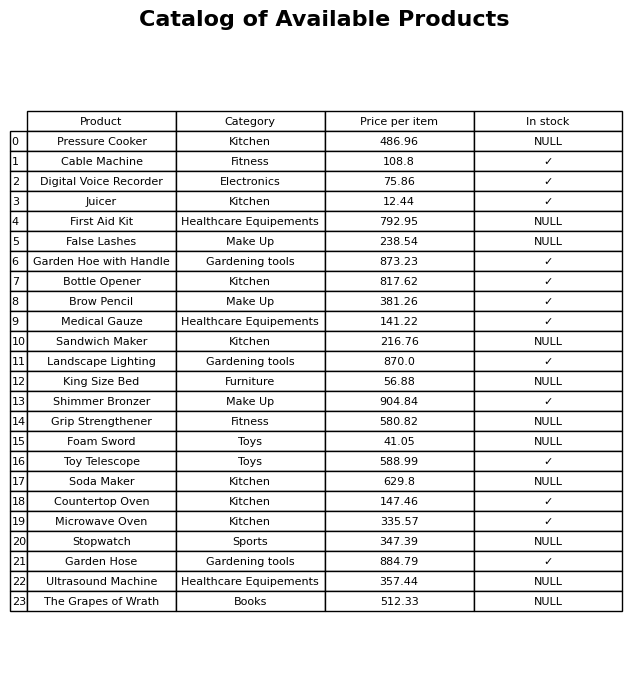
question: What is the stock status of the Grip Strengthener?
answer: NULL